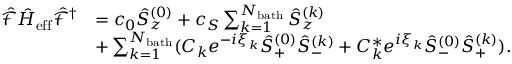
\begin{array} { r l } { \hat { \mathcal { F } } \hat { H } _ { \mathrm { e f f } } \hat { \mathcal { F } } ^ { \dagger } } & { = c _ { 0 } \hat { S } _ { z } ^ { ( 0 ) } + c _ { S } \sum _ { k = 1 } ^ { N _ { \mathrm { b a t h } } } \hat { S } _ { z } ^ { ( k ) } } \\ & { + \sum _ { k = 1 } ^ { N _ { \mathrm { b a t h } } } ( C _ { k } e ^ { - i \xi _ { k } } \hat { S } _ { + } ^ { ( 0 ) } \hat { S } _ { - } ^ { ( k ) } + C _ { k } ^ { * } e ^ { i \xi _ { k } } \hat { S } _ { - } ^ { ( 0 ) } \hat { S } _ { + } ^ { ( k ) } ) . } \end{array}